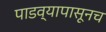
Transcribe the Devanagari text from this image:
पाडव्यापासूनच